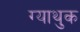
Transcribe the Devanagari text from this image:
ग्याथुक